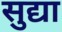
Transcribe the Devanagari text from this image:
सुद्या